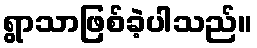
ရွာသာဖြစ်ခဲ့ပါသည်။